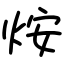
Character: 𤇼